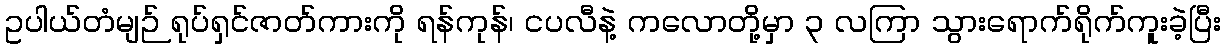
ဥပါယ်တံမျဉ် ရုပ်ရှင်ဇာတ်ကားကို ရန်ကုန်၊ ငပလီနဲ့ ကလောတို့မှာ ၃ လကြာ သွားရောက်ရိုက်ကူးခဲ့ပြီး